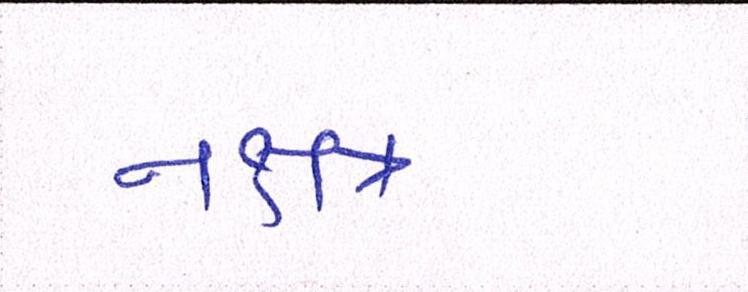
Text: નક્ષત્ર